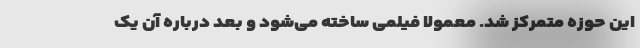
این حوزه متمرکز شد. معمولا فیلمی ساخته می‌شود و بعد درباره آن یک